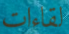
لقاءات